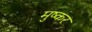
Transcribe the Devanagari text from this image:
मुष्कर